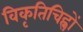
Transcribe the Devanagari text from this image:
विकृतिचिह्नों